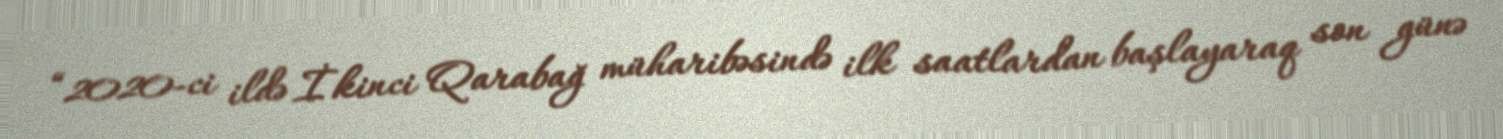
“2020-ci ildə İkinci Qarabağ müharibəsində ilk saatlardan başlayaraq son günə